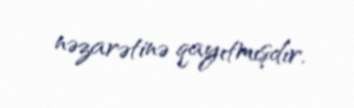
nəzarətinə qayıtmışdır.